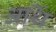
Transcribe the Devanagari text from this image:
अर्थि